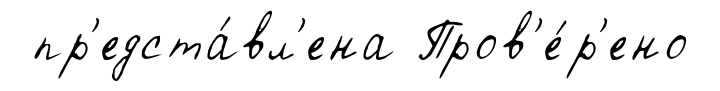
пр'едста́вл'ена Пров'е́р'ено